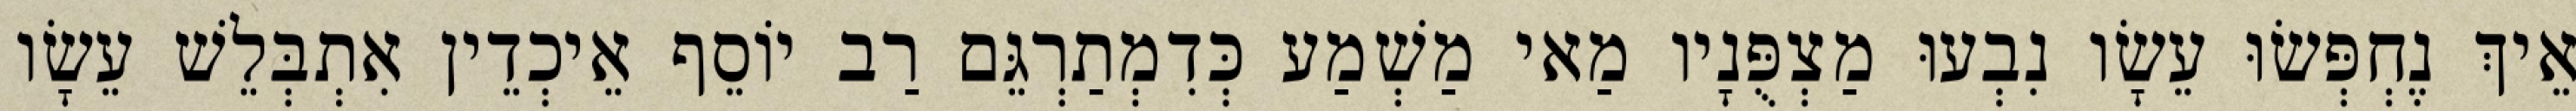
אֵיךְ נֶחְפְּשׂוּ עֵשָׂו נִבְעוּ מַצְפֻּנָיו מַאי מַשְׁמַע כְּדִמְתַרְגֵּם רַב יוֹסֵף אֵיכְדֵין אִתְבְּלֵשׁ עֵשָׂו